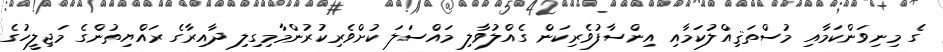
ގެ މިނިވަންކަމާއި މުސްތަޤިއްލުކަމާއި އިންސާފުވެރިކަން ގެއްލުވާލި މައްސަލަ ކުށްވެރިކުރުންމާމިގިލި ދާއިރާގެ ރައްޔިތުންގެ މަޖިލީހުގެ